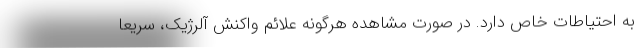
به احتیاطات خاص دارد. در صورت مشاهده هرگونه علائم واکنش آلرژیک، سریعا